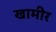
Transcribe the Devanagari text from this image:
खामीर